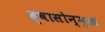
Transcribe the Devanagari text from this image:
ह्वासोन्मुख